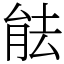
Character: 䏻